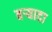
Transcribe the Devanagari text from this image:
बर्‍यादा